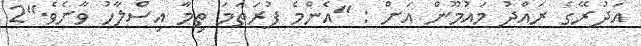
އަދުރޭގެ ރައްދު މައުމޫން އަށް : "އެންމެ ފުރަތަމަ ތިމާ އިސްލާހު ވާށެވެ."2